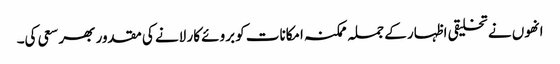
انھوں نے تخلیقی اظہار کے جملہ ممکنہ امکانات کو بروئے کار لانے کی مقدور بھر سعی کی۔